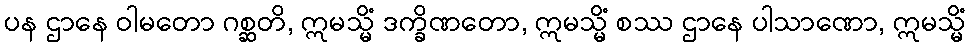
ပန ဌာနေ ဝါမတော ဂစ္ဆတိ, ဣမသ္မိံ ဒက္ခိဏတော, ဣမသ္မိံ စဿ ဌာနေ ပါသာဏော, ဣမသ္မိံ